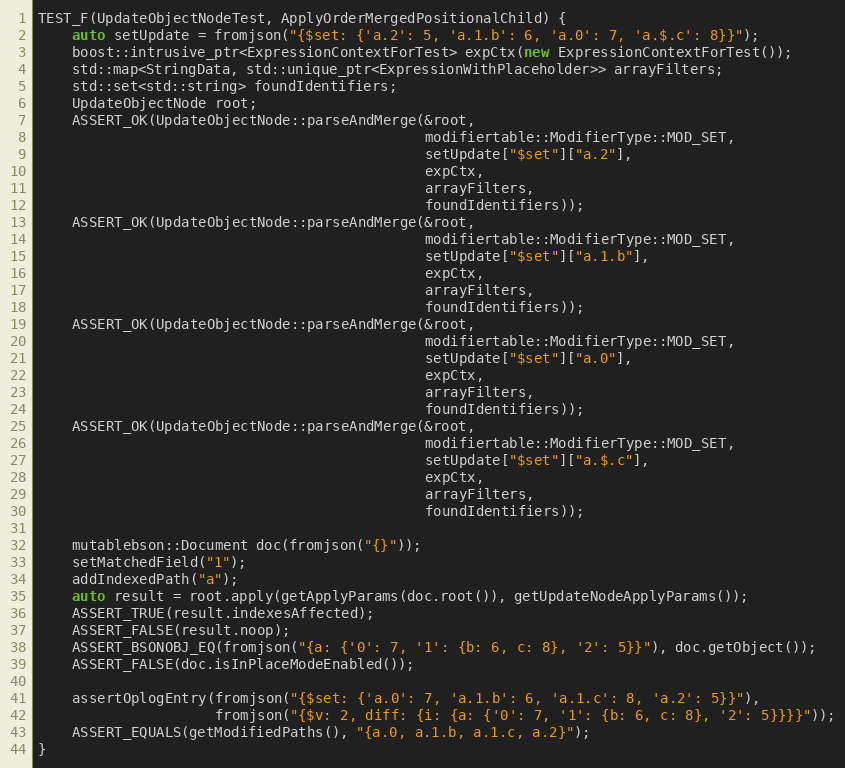
Language: C++
TEST_F(UpdateObjectNodeTest, ApplyOrderMergedPositionalChild) {
    auto setUpdate = fromjson("{$set: {'a.2': 5, 'a.1.b': 6, 'a.0': 7, 'a.$.c': 8}}");
    boost::intrusive_ptr<ExpressionContextForTest> expCtx(new ExpressionContextForTest());
    std::map<StringData, std::unique_ptr<ExpressionWithPlaceholder>> arrayFilters;
    std::set<std::string> foundIdentifiers;
    UpdateObjectNode root;
    ASSERT_OK(UpdateObjectNode::parseAndMerge(&root,
                                              modifiertable::ModifierType::MOD_SET,
                                              setUpdate["$set"]["a.2"],
                                              expCtx,
                                              arrayFilters,
                                              foundIdentifiers));
    ASSERT_OK(UpdateObjectNode::parseAndMerge(&root,
                                              modifiertable::ModifierType::MOD_SET,
                                              setUpdate["$set"]["a.1.b"],
                                              expCtx,
                                              arrayFilters,
                                              foundIdentifiers));
    ASSERT_OK(UpdateObjectNode::parseAndMerge(&root,
                                              modifiertable::ModifierType::MOD_SET,
                                              setUpdate["$set"]["a.0"],
                                              expCtx,
                                              arrayFilters,
                                              foundIdentifiers));
    ASSERT_OK(UpdateObjectNode::parseAndMerge(&root,
                                              modifiertable::ModifierType::MOD_SET,
                                              setUpdate["$set"]["a.$.c"],
                                              expCtx,
                                              arrayFilters,
                                              foundIdentifiers));

    mutablebson::Document doc(fromjson("{}"));
    setMatchedField("1");
    addIndexedPath("a");
    auto result = root.apply(getApplyParams(doc.root()), getUpdateNodeApplyParams());
    ASSERT_TRUE(result.indexesAffected);
    ASSERT_FALSE(result.noop);
    ASSERT_BSONOBJ_EQ(fromjson("{a: {'0': 7, '1': {b: 6, c: 8}, '2': 5}}"), doc.getObject());
    ASSERT_FALSE(doc.isInPlaceModeEnabled());

    assertOplogEntry(fromjson("{$set: {'a.0': 7, 'a.1.b': 6, 'a.1.c': 8, 'a.2': 5}}"),
                     fromjson("{$v: 2, diff: {i: {a: {'0': 7, '1': {b: 6, c: 8}, '2': 5}}}}"));
    ASSERT_EQUALS(getModifiedPaths(), "{a.0, a.1.b, a.1.c, a.2}");
}